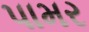
પામર